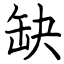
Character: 缺